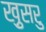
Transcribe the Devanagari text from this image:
ख़ुसरु